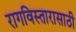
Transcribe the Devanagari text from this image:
रागविस्तारासाठी